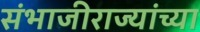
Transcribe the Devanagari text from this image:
संभाजीराज्यांच्या